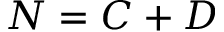
N = C + D